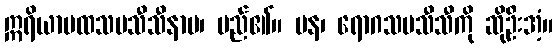
ဣရိယာပထသမသီသီနာမ၊ မည်၏။ ပန၊ ရောဂသမသီသီကို ဆိုဦးအံ့။